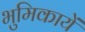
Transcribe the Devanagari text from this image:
भुमिकायें